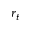
r _ { t }